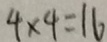
4 \times 4 = 1 6